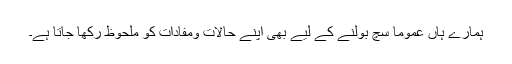
ہمارے ہاں عموماً سچ بولنے کے لیے بھی اپنے حالات ومفادات کو ملحوظ رکھا جاتا ہے۔